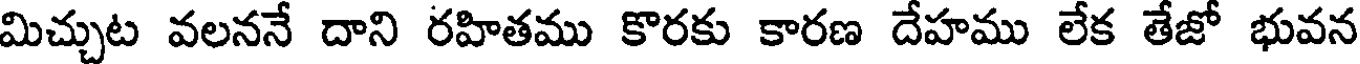
మిచ్చుట వలననే దాని రహితము కొరకు కారణ దేహము లేక తేజో భువన